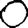
Digit: 0